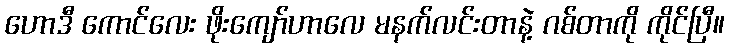
ဟောဒီ ကောင်လေး ဖိုးကျော်ဟာလေ မနက်လင်းတာနဲ့ ဂစ်တာကို ကိုင်ပြီ။